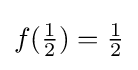
f({\tfrac {1}{2}})={\tfrac {1}{2}}